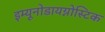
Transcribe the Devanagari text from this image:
इम्यूनोडायग्नोस्टिक